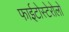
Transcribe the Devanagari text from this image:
फाईटोस्टेरोलों